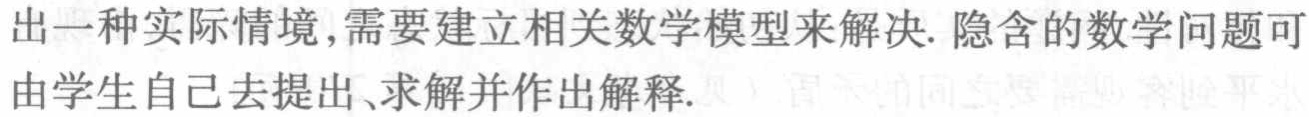
出一种实际情境,需要建立相关数学模型来解决. 隐含的数学问题可由学生自己去提出、求解并作出解释.